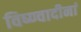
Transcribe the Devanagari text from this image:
विष्ण्वादीनां